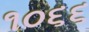
૧૦૬૬